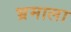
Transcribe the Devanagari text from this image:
भ्रमाला